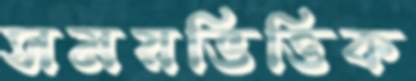
সময়ভিত্তিক